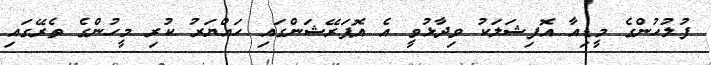
ފުލުހުންގެ މީޑިއާ އޮފިޝަލަކު ވިދާޅުވީ އެ އޮޕަރޭޝަންގައި ހައްޔަރު ކުރި މީހުންގެ ތެރޭގައި